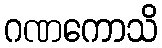
ဂဏကောသိ